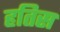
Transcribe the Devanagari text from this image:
हतिस